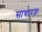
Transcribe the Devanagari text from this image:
साधारतः